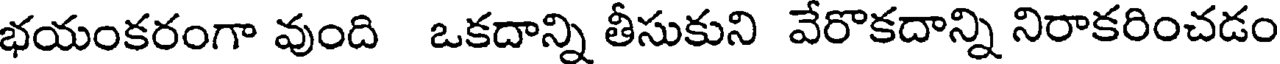
భయంకరంగా వుంది ఒకదాన్ని తీసుకుని వేరొకదాన్ని నిరాకరించడం